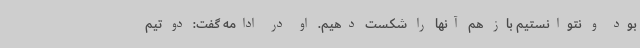
بود و نتوانستیم باز هم آنها را شکست دهیم. او در ادامه گفت: دو تیم